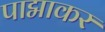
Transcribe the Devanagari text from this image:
पाद्माकर